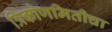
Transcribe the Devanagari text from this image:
त्रिकोणमितीचा